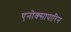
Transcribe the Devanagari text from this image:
एनोक्सापारिन